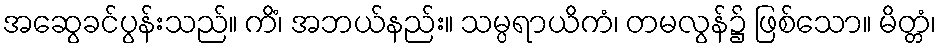
အဆွေခင်ပွန်းသည်။ ကိံ၊ အဘယ်နည်း။ သမ္ပရာယိကံ၊ တမလွန်၌ ဖြစ်သော။ မိတ္တံ၊